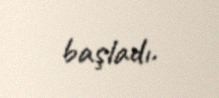
başladı.